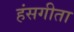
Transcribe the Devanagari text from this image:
हंसगीता